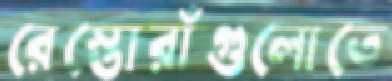
রেস্তোরাঁগুলোতে